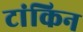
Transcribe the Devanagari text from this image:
टांकिन